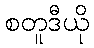
စတူဒီယို